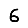
Digit: 6